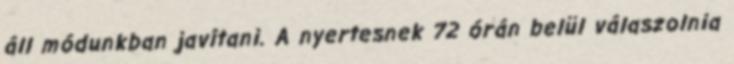
áll módunkban javítani. A nyertesnek 72 órán belül válaszolnia